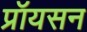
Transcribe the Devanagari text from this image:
प्रॉयसन